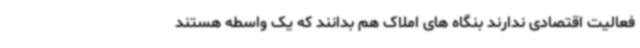
فعالیت اقتصادی ندارند بنگاه های املاک هم بدانند که یک واسطه هستند